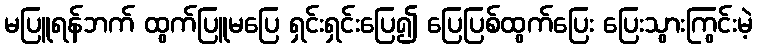
မပြူရန်ဘက် ထွက်ပြူမပြေ ရှင်းရှင်းပြေ၍ ပြေပြစ်ထွက်ပြေး ပြေးသွားကြွင်းမဲ့